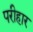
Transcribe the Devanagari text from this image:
परीहार